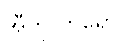
အီဘိုလာရောဂါ